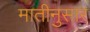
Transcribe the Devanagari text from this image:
मातीनुसार